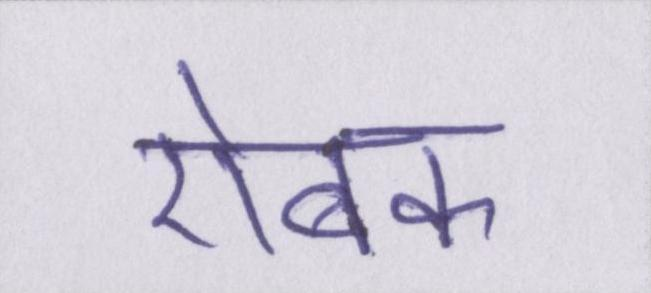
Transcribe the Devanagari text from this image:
ऐबक